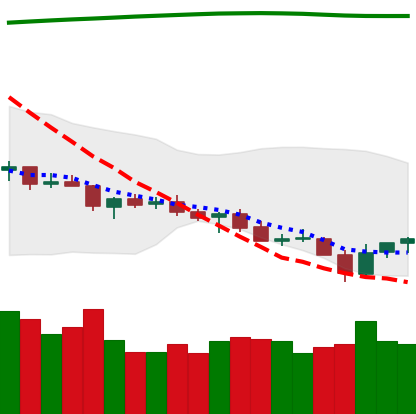
Ticker: TRX-USD
Chart end date: 2021-07-23
Forward return: 8.014%
Label: up_7plus